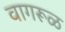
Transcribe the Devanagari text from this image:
वागरूळ